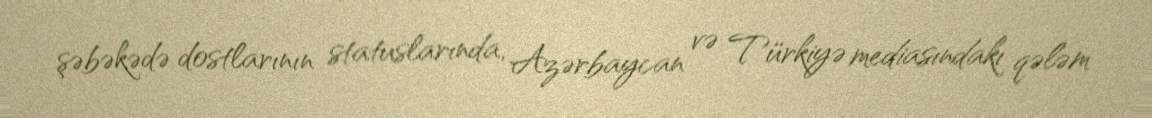
şəbəkədə dostlarının statuslarında, Azərbaycan və Türkiyə mediasındakı qələm